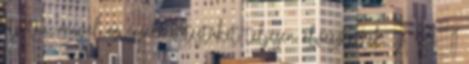
átjutni, mivel az érzelmi testüket teljesen elvesztették. A SETI